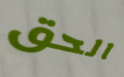
الحق